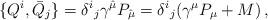
LaTeX: \begin{align*}{}\{Q^{i},\bar{Q}_{j}\}=\delta^{i}{}_{j}\gamma^{\hat{\mu}}P_{\hat{\mu}}=\delta^{i}{}_{j}(\gamma^{\mu}P_{\mu}+M)\,,\end{align*}